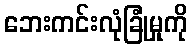
ဘေးကင်းလုံခြုံမှုကို